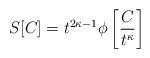
LaTeX: \begin{align*}S[C] = t^{2 \kappa -1}\phi \left[\frac{C}{t^{\kappa}} \right]\end{align*}